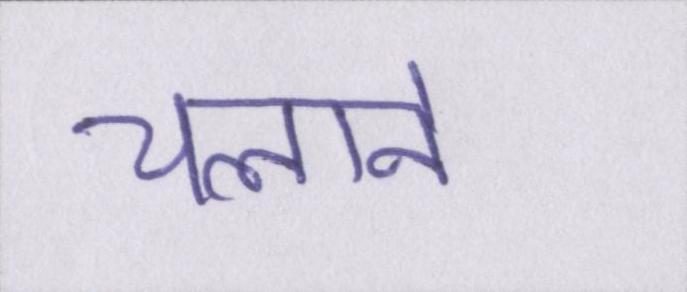
चलाने